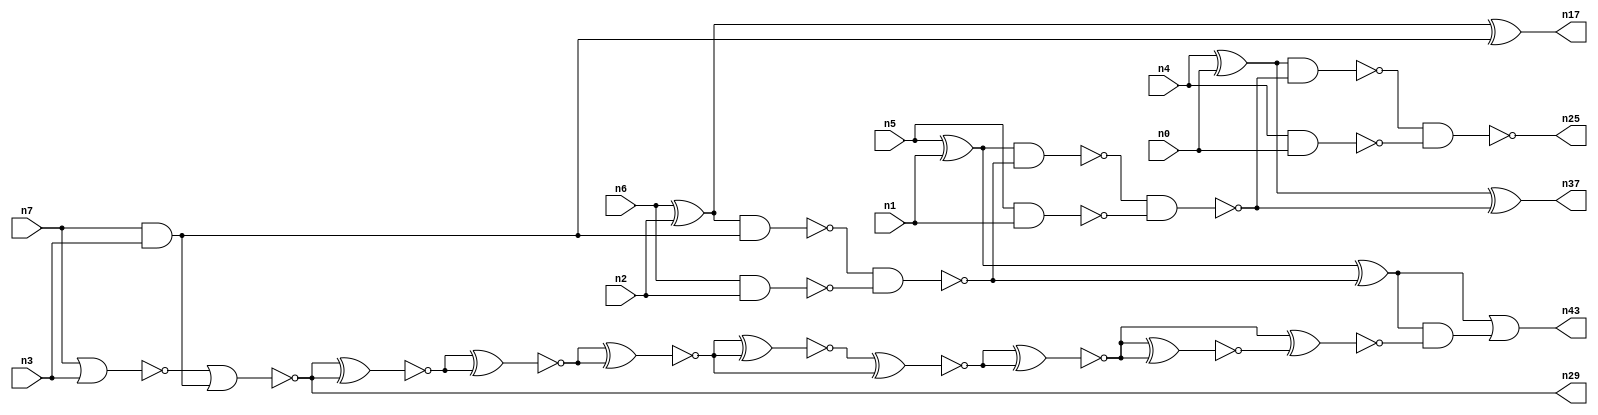
// This program was cloned from: https://github.com/umar-afzaal/ReCkt
// License: MIT License

// This file contains a pareto-optimal circuit with respect to delay and the fault-resilince parameter p_fault which is defined as:
// "For all input vectors, the ratio of the no. of faults observable at the POs to the no. of total possible faults in the circuit".
// This code is part of the ReCkt library (https://github.com/umar-afzaal/ReCkt) distributed under The MIT License.
// When used, please cite the following article(s):
// U. Afzaal, A.S. Hassan, M. Usman and J.A. Lee, "On the Evolutionary Synthesis of Increased Fault-resilience Arithmetic Circuits".

// p_fault = 53.4 %    (Lower is better)
// gates = 36.0
// levels = 12
// area = 52.56    (For MCNC library relative to nand2)
// power = 345.8 uW    (Berkely-SIS for MCNC library @ Vdd=5V and 20 MHz clock)
// delay = 24.4 ns    (Berkely-ABC for MCNC library)
// PDP = 8.43752e-12 J

// Pin mapping:
// {n0, n1, n2, n3} = A[3:0]
// {n4, n5, n6, n7} = B[3:0]
// {n25, n37, n43, n17, n29} = O[4:0]

module addr4u_delay_22 (
n0, n1, n2, n3, n4, n5, n6, n7, 
n25, n37, n43, n17, n29
);

input n0, n1, n2, n3, n4, n5, n6, n7;
output n25, n37, n43, n17, n29;
wire n38, n41, n20, n23, n14, n35, n22, n32, n31, n36, n33, n40, n39, n11, n34, n42, n13, n18, n30, n24, 
n9, n16, n8, n15, n10, n26, n19, n21, n27, n28, n12;

nand (n8, n6, n2);
xor (n9, n5, n1);
and (n10, n7, n3);
nor (n11, n7, n3);
xor (n12, n6, n2);
nand (n13, n4, n0);
xor (n14, n4, n0);
nand (n15, n5, n1);
nand (n16, n12, n10);
xor (n17, n12, n10);
nor (n18, n11, n10);
nand (n19, n16, n8);
nand (n20, n9, n19);
xor (n21, n9, n19);
nand (n22, n20, n15);
xor (n23, n14, n22);
nand (n24, n14, n22);
nand (n25, n24, n13);
xnor (n26, n18, n18);
xnor (n27, n18, n18);
xnor (n28, n27, n26);
and (n29, n18, n18);
xnor (n30, n26, n27);
xnor (n31, n28, n28);
xnor (n32, n30, n30);
xnor (n33, n32, n31);
xnor (n34, n33, n31);
xnor (n35, n32, n33);
xnor (n36, n35, n34);
and (n37, n23, n23);
xnor (n38, n34, n35);
xnor (n39, n36, n36);
xnor (n40, n38, n39);
and (n41, n21, n40);
or (n42, n21, n21);
or (n43, n42, n41);

endmodule